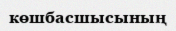
көшбасшысының